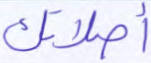
أصلاتك